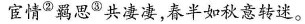
宦情^{②}羁思^{③}共凄凄，春半如秋意转迷。